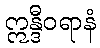
ဣန္ဒီဝရာနံ